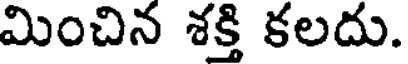
మించిన శక్తి కలదు.